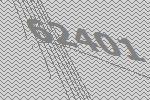
62401